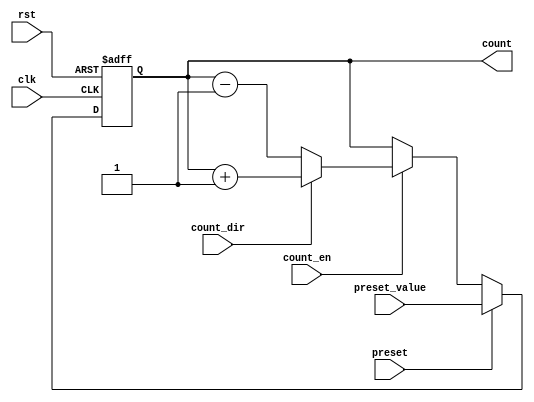
module presettable_counter (
    input wire clk,               // Clock signal
    input wire rst,               // Asynchronous reset
    input wire preset,            // Preset signal
    input wire [N-1:0] preset_value, // Value to load when preset is asserted
    input wire count_en,          // Count enable signal
    input wire count_dir,         // Count direction (1 for up, 0 for down)
    output reg [N-1:0] count      // Current counter value
);

parameter N = 4; // Define the width of the counter (for example, a 4-bit counter)

// Counter behavior
always @(posedge clk or posedge rst) begin
    if (rst) begin
        // Asynchronous reset
        count <= 0; // Reset the counter to 0
    end else if (preset) begin
        // Load preset value
        count <= preset_value;
    end else if (count_en) begin
        // Counting behavior
        if (count_dir) begin
            // Count up
            count <= count + 1;
        end else begin
            // Count down
            count <= count - 1;
        end
    end
end

endmodule